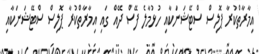
އިމާރާތްކުރާ ޕޮލިސް ސްޓޭޝަނަކާއި ހުޅުމާލެ ފޭސް ދޭއް ގައި އިމާރާތްކުރާ ޕޮލިސް ސްޓޭޝަނަކާއި